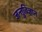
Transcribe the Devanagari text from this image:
जन्तुविज्ञान